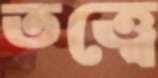
তত্ত্বে